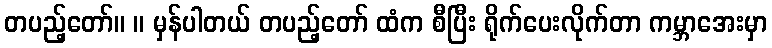
တပည့်တော်။ ။ မှန်ပါတယ် တပည့်တော် ထံက စီပြီး ရိုက်ပေးလိုက်တာ ကမ္ဘာအေးမှာ